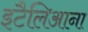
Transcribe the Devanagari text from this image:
इटैलिआना